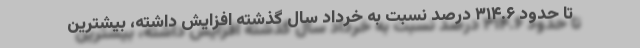
تا حدود ۳۱۴.۶ درصد نسبت به خرداد سال گذشته افزایش داشته، بیشترین